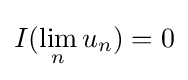
I(\lim _{n}u_{n})=0